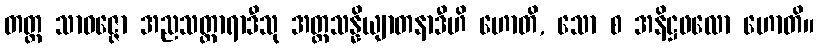
တတ္ထ သာဝဇ္ဇော အညသတ္ထာရာဒီသု အတ္တသန္နိယျာတနာဒီဟိ ဟောတိ, သော စ အနိဋ္ဌဖလော ဟောတိ။